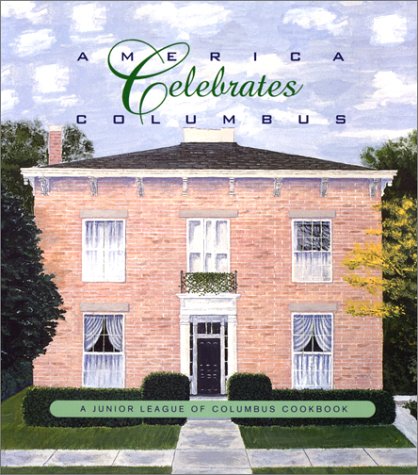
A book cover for America Celebrates Columbus: A Junior League of Columbus Cookbook; Junior League of Columbus Ohio; Cookbooks, Food & Wine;